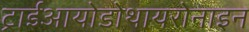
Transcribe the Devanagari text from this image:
ट्राईआयोडोथायरोनाइन